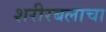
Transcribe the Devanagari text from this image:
शरीरबलाचा